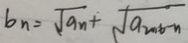
b _ { n } = \sqrt { a _ { n } } + \sqrt { a _ { 2 0 0 6 } - n }